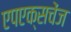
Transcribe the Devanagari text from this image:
एपएक्सचेंज